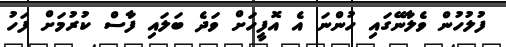
ފުލުހުން ވެލާނޭގައި ހުންނަ އެ އޮފީހަށް ވަދެ ބަލައި ފާސް ކުރުމަށް ފަހު